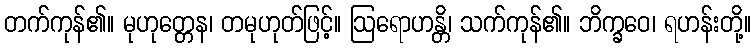
တက်ကုန်၏။ မုဟုတ္တေန၊ တမုဟုတ်ဖြင့်။ ဩရောဟန္တိ၊ သက်ကုန်၏။ ဘိက္ခဝေ၊ ရဟန်းတို့။